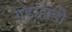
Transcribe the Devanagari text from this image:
गुडाहांडी